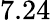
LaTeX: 7.24